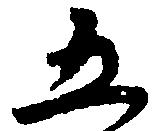
五